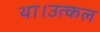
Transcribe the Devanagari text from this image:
था।उत्कल